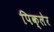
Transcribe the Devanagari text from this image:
पिक्लेर